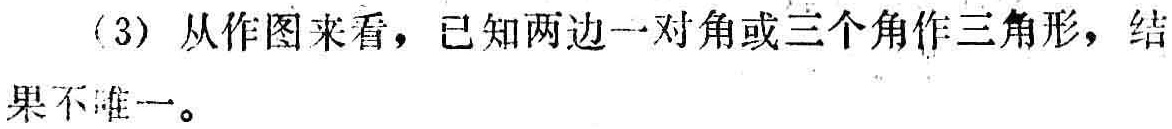
(3) 从作图来看，已知两边一对角或三个角作三角形，结果不唯一。